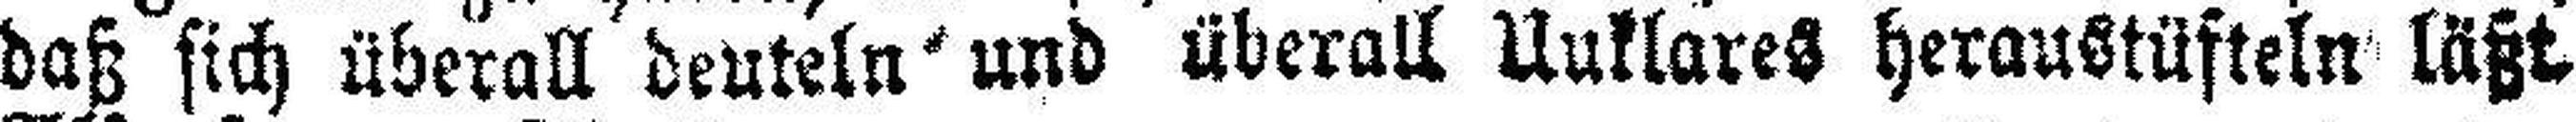
daß sich überall deuteln- und überall Unklares heraustüfteln läßt.